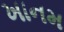
ખાનમ